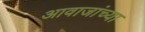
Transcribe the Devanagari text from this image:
आवाजांच्या